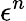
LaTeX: \epsilon^{n}